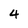
Character: 4